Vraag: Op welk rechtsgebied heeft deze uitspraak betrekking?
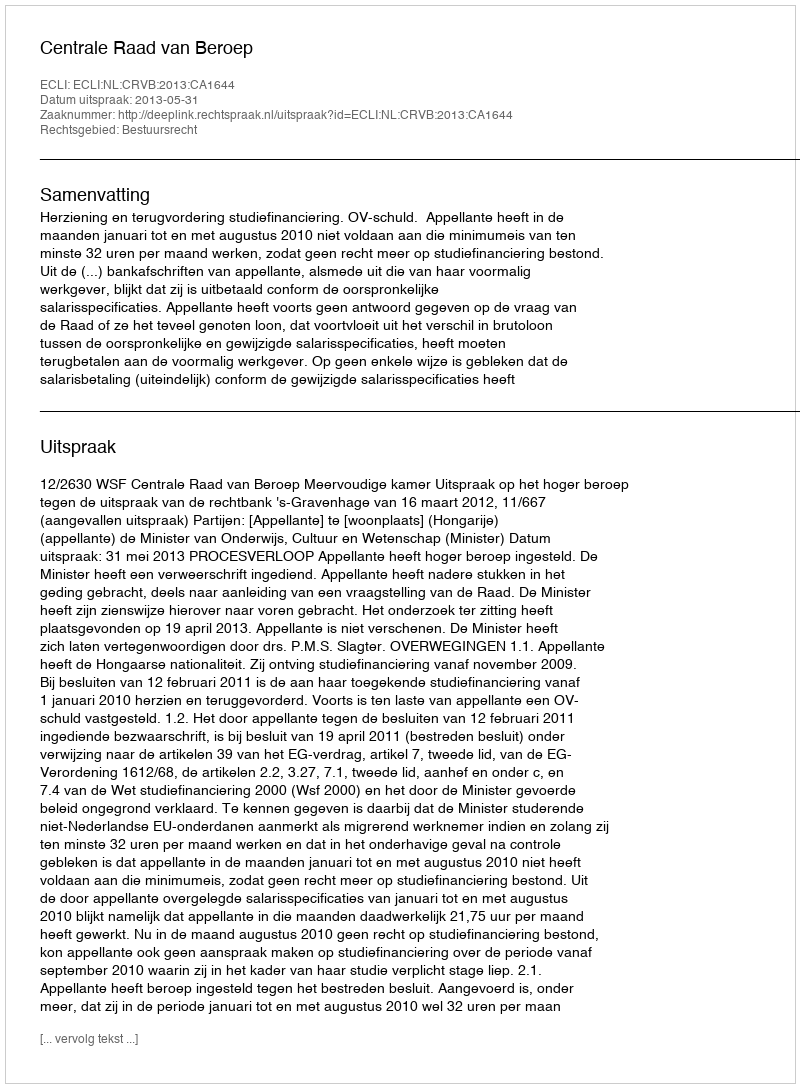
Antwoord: Bestuursrecht